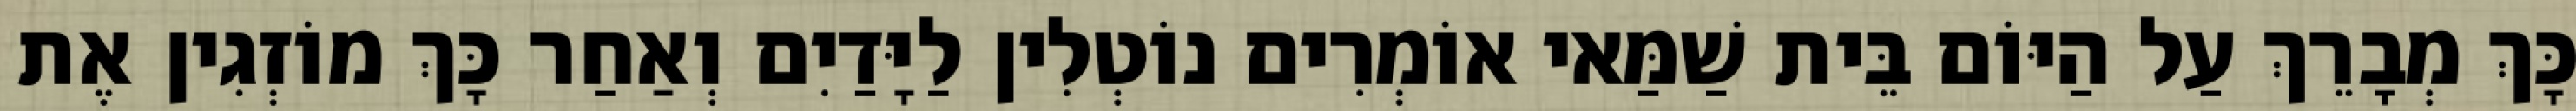
כָּךְ מְבָרֵךְ עַל הַיּוֹם בֵּית שַׁמַּאי אוֹמְרִים נוֹטְלִין לַיָּדַיִם וְאַחַר כָּךְ מוֹזְגִין אֶת